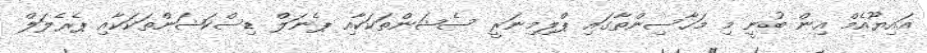
އައިޔޫއެމް އިން ބުނީ މި މަހާސިންތާގައި ޕްލިމިނަރީ ސެޝަންތަކަކާއި ޕެނަލް ޑިސްކަޝަންތަކަކާއި ޕެރެލަލް